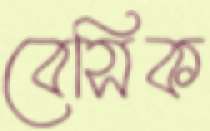
বেসিক